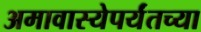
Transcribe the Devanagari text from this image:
अमावास्येपर्यंतच्या